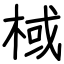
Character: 棫